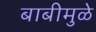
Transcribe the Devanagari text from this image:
बाबीमुळे